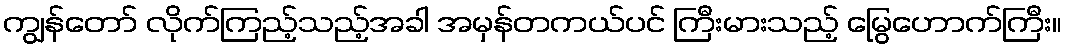
ကျွန်တော် လိုက်ကြည့်သည့်အခါ အမှန်တကယ်ပင် ကြီးမားသည့် မြွေဟောက်ကြီး။